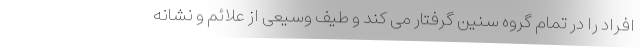
افراد را در تمام گروه سنین گرفتار می کند و طیف وسیعی از علائم و نشانه